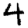
Digit: 4